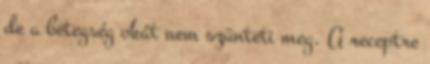
de a betegség okát nem szünteti meg. A receptre